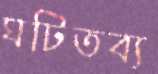
ঘটিতব্য